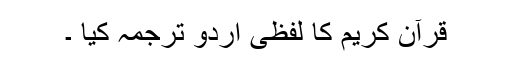
قرآن کریم کا لفظی اردو ترجمہ کیا ۔